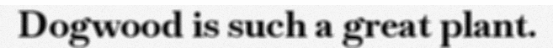
Dogwood is such a great plant.